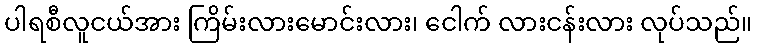
ပါရစီလူငယ်အား ကြိမ်းလားမောင်းလား၊ ငေါက် လားငန်းလား လုပ်သည်။